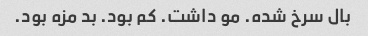
بال سرخ شده. مو داشت. کم بود. بد مزه بود.